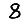
Digit: 8